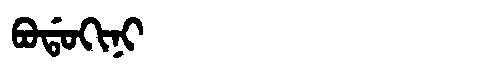
Manchu: ᠪᠣᡩᠣᡴᡳᠨᡳ
Romanization: BODOKINI